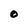
Character: 0